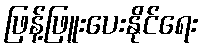
ဖြန့်ဖြူးပေးနိုင်ရေး